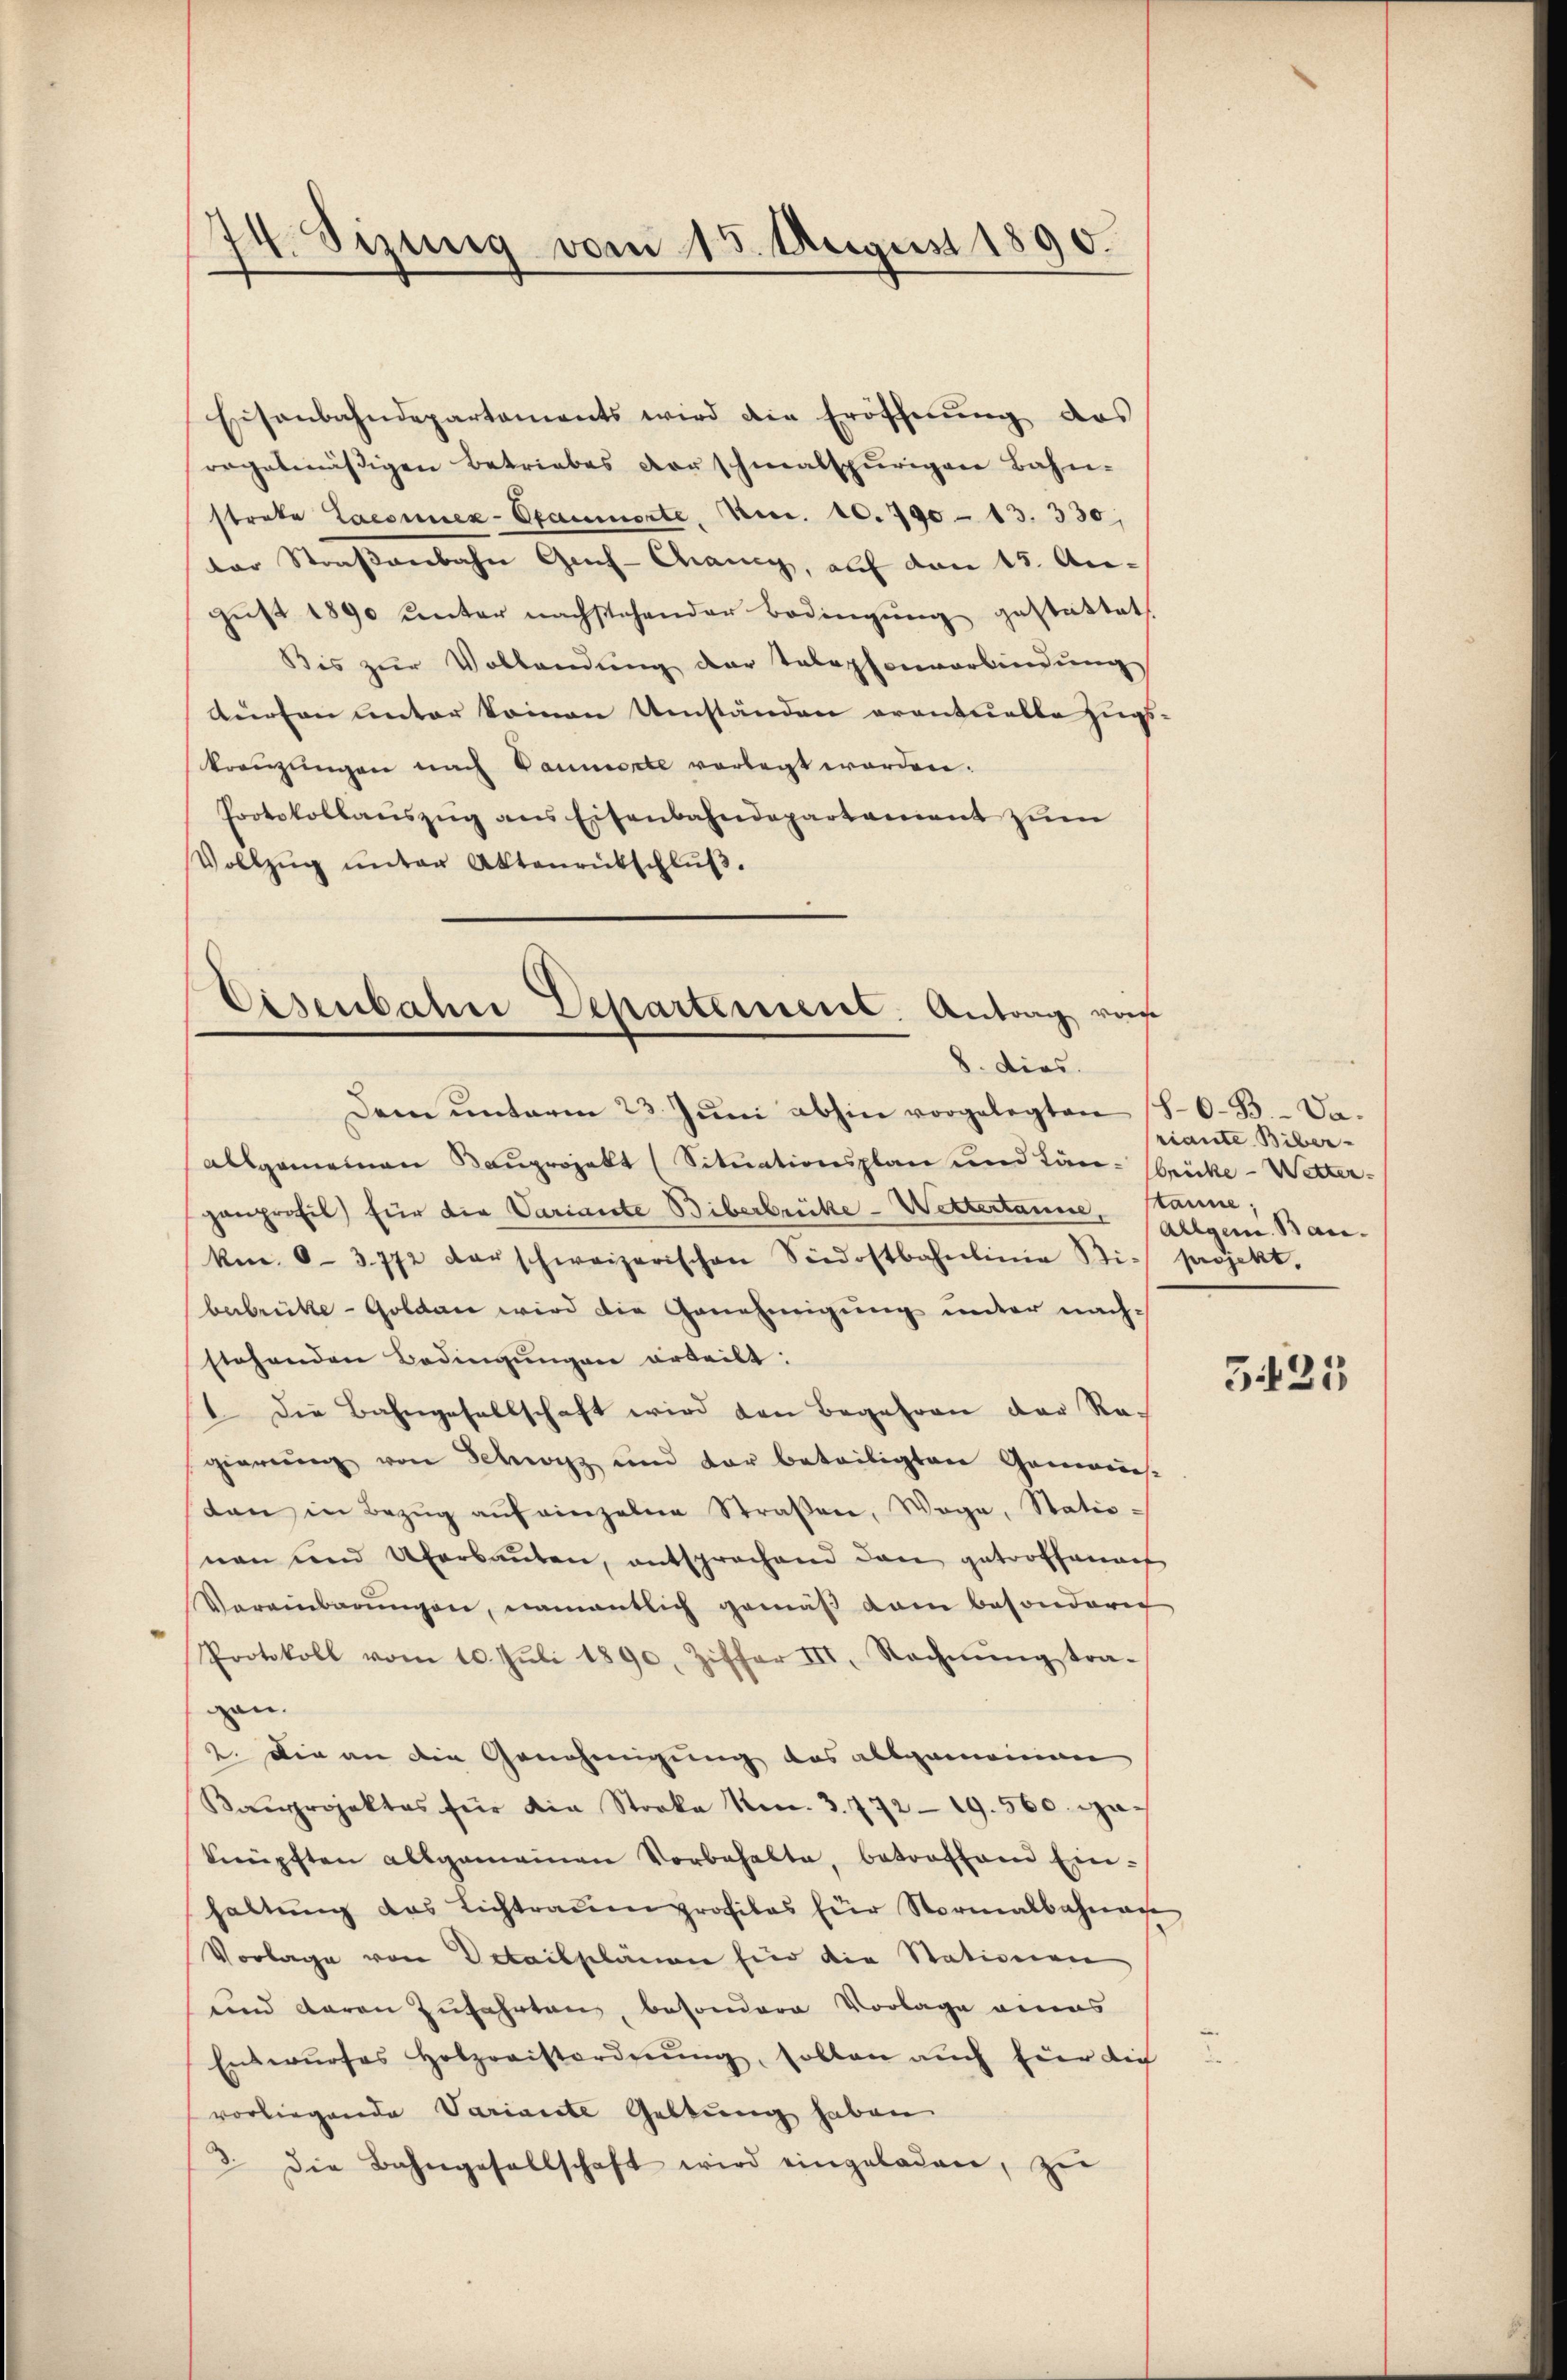
Eisenbahndepartaments wird die Eröffnŭng das
regelmässigen Betriebes vor schmalspurigen Bahn-
streke Laconnex-Ofammerte, Nr. 10. 790 - 13. 330,
ter Straßenbahn Geh-Chancy, auf den 15. August 1890 unter nachstehender Bedingung gestattet
Bis zur Vollendung der Telephonverbindŭng
dürfen unter kommen Umständen eventuelle zugs-
kreuzungen nach Baumerte vorlegt worden.
Protokollauszug ans Eisenbahndepartament zum
Vollzŭg ŭnter Aktenrütschlŭβ.

74. Sizung vom 15. August 1890.

Eisenbahn Departement. Antrag von
8. Dies

Dem ŭnterm 23. Jŭni abhin vorgelegten 80-B. - Daallgemeinen Bauprojekt (Situationsplan und Län- Brücke - Wetter-
ganprofil für die Variante Biberbrücke - Wettertanne, stanne;
km. 0-3772 darschweizerischen Siedostbahnlinie Stie projekt.
bebrüke-Goldan wird die Genehmigung unter nachstehenden Bedingungen erteilt:
 Die Bahngesellschaft wird den Begehren der Re-
gierŭng von Schwarz und der beteiligten Gemeins-
dan in Bezŭg aŭf einzelne Straβen, Wege, Statio-
nen und Überbauten, entsprochend den getroffenach
Vereinbarŭngen, namentlich gemäß dem besondern
Protokoll vom 10. Juli 1890. Ziffer III. Rechnŭng tra
gan.
2. Die an die Genehmigung des allgemeinen
Kanprojektes für die Stocka No. 3. 772-19. 560. Mach
knüpften allgemeinen Vorbehalte, betroffend Ein-
haltŭng das Lichtraŭen profiles für Normalbahnac
Vorlage von Detailpläne für die Stationen
und daran zufahrten, besondere Vorlage eins
Entwŭrfes Holzraistordnŭng, sollen auch hier die
vorliegende Variante Geltung haben.
3. die Bahngesellschaft wird eingeladen, zei

riante Biber-
Allgem. Ban

5.25